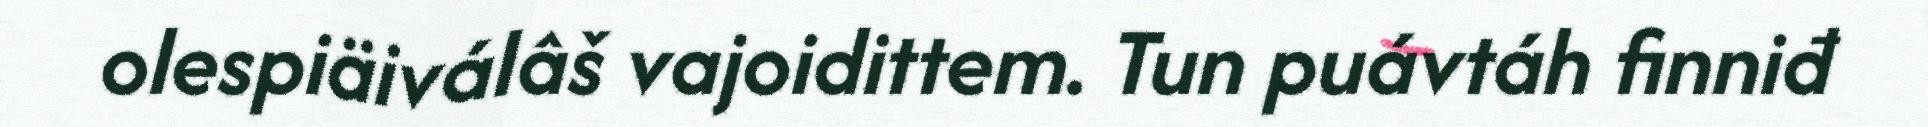
olespiäiválâš vajoidittem. Tun puávtáh finniđ